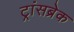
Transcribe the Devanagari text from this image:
ट्रांसब्रेक